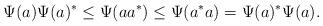
LaTeX: \begin{align*}\Psi(a)\Psi(a)^*\leq \Psi(aa^*)\leq \Psi(a^*a)=\Psi(a)^*\Psi(a).\end{align*}